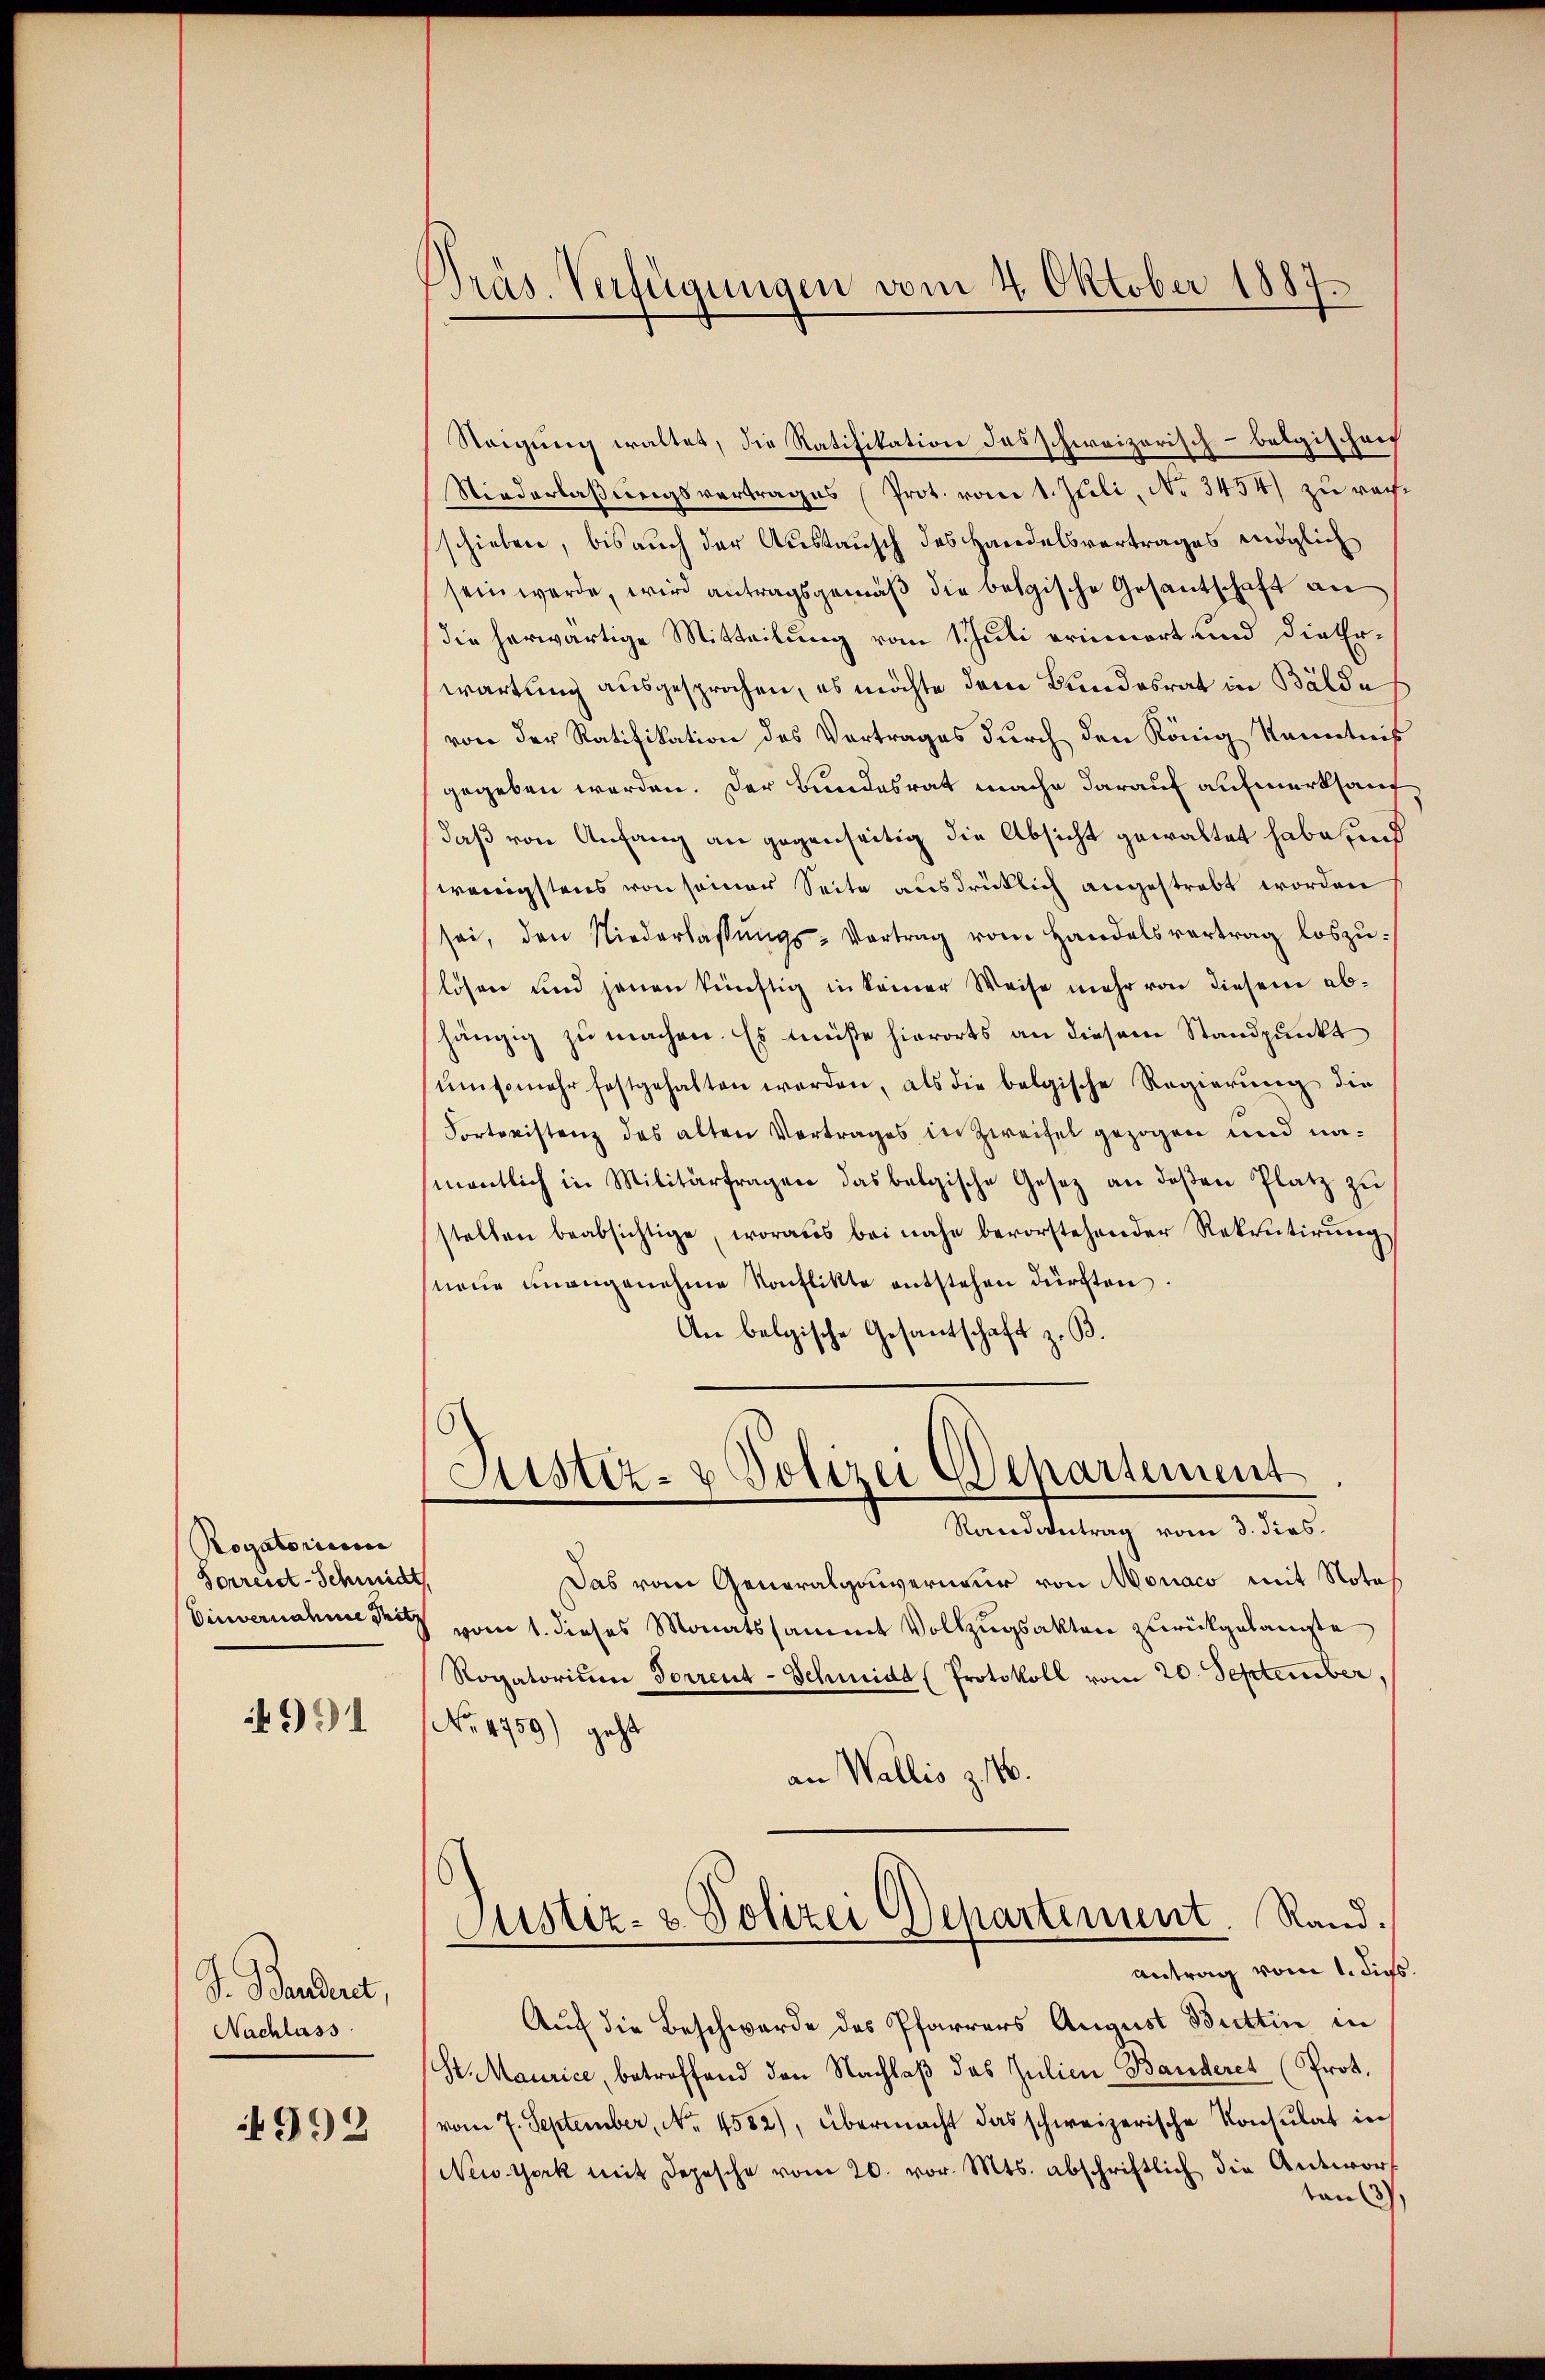
Rogatorium
Sorrent-Schmidt
Einvernahme Sitz

991

S. Banderet,
Nachlass

4992

Präs. Verfügungen vom 4. Oktober 1887

Steigung waltet, die Ratifikation des schweizerisch-belgischen
Niederlaßungsvertrages (Prot. vom 1. Juli, No 3454) zu rechschieben, bis auch der Austausch des Handelsvertrages möglich
sein werde, wird antragsgemäß die belgische Gesantschaft an
die herwärtige Mitteilung vom 1 Juli erinnert und die Erwartung ausgesprochen, es möchte dem Bundesrat in Bälde
von der Ratifikation des Vortrages durch den König Kenntnis
gegeben werden. Der Bundesrat mache darauf aufmerksauf
daß von Anfang an gegenseitig die Absicht gewaltet habe, und
wenigstens von seiner Seite ausdrücklich angestrebt worden
sei, den Niederlassŭngs-Vertrag vom Handelsvertrag loszŭ-
lösen und jenen künftig in keiner Weise mehr von diesem abhängig zu machen. Es müßte hierorts an diesem Standpunkt
ŭmsomehr festgehalten werden, als die belgische Regierŭng die
Portonistenz des alten Vortrages in Zweifel gezogen und namentlich in Militärfragen das belgische Gesetz an deßen Platz zu
stellen beabsichtige, woraus bei nahe bevorstehender Rekrutirŭng
neue unangenehme Konflikte entstehen dürften.
An belgische Gesantschaft z. B.
Justiz- & Polizei Behartement
Randantrag vom 3. dies
Das vom Generalgouverneur von Monaco mit Note
vom 1. dieses Monatssammt Vollzugsakten zurückgelangte
Rogatorium Forrent-Schmidt (Protokoll vom 20. September,
No. 4759) geht
an Wallis z 146.
Justiz- & Polizei Departement. Rand.
antrag vom 1. dies.
Auch die Beschwerde des Pfarrers August Buttin in
St. Maurice, betreffend den Nachlaβ das Julien Banderet (Prot.
vom 7. September, No. 4582), übermacht das schweizerische Konsulat in
New York mit Depesche vom 20. vor. Mts. abschriftlich die Antwor
tan (3).